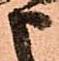
申